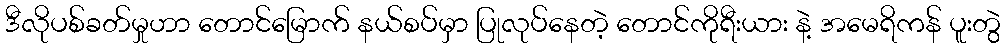
ဒီလိုပစ်ခတ်မှုဟာ တောင်မြောက် နယ်စပ်မှာ ပြုလုပ်နေတဲ့ တောင်ကိုရီးယား နဲ့ အမေရိကန် ပူးတွဲ